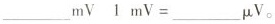
___m V 1 m V = ___ μ V 。